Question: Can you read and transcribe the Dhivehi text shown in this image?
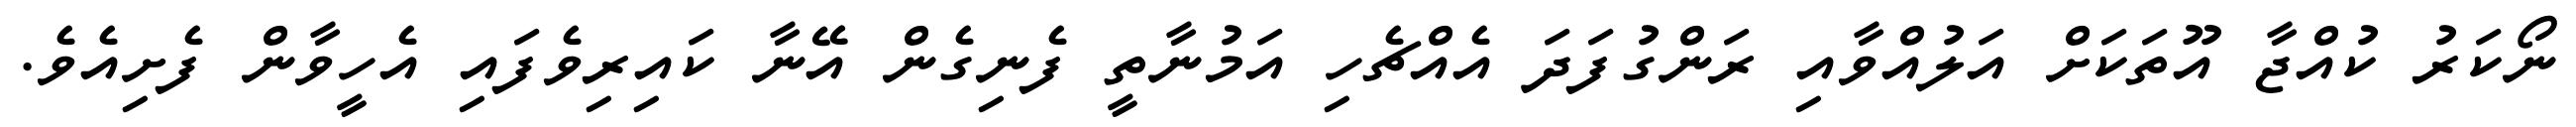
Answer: ނޯކަރު ކުއްޖާ އޫތަކަށް އަލުއްވާއި ރަންގުފަދަ އެއްޗެހި އަމުނާތީ ފެނިގެން އޭނާ ކައިރިވެފައި އެހީވާން ފެށިއެވެ.